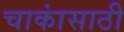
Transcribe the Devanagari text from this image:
चाकांसाठी